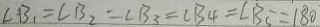
\angle B _ { 1 } = \angle B _ { 2 } = \angle B _ { 3 } = \angle B _ { 4 } = \angle B _ { 5 } = 1 8 0